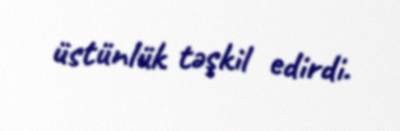
üstünlük təşkil edirdi.